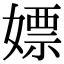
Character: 嫖